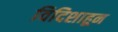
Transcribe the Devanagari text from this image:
विदिशाहून